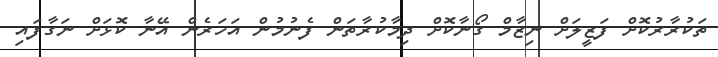
ތަކުރާރުކޮށް ފަޒީލަށް ނިޒާމް ގޯނާކޮށް ދިމާކުރާތަން ފެނުމުން އަހަރެން އޭނާ ކޮޅަށް ނަގާފައި